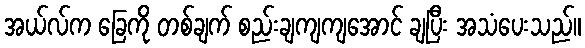
အယ်လ်က ခြေကို တစ်ချက် စည်းချကျကျအောင် ချပြီး အသံပေးသည်။